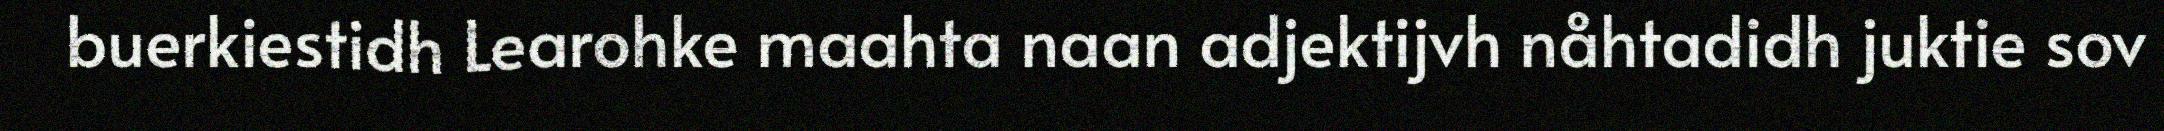
buerkiestidh Learohke maahta naan adjektijvh nåhtadidh juktie sov